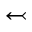
\leftarrowtail